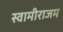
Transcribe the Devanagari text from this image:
स्वामीराजम